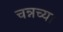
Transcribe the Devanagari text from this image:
चन्नच्या